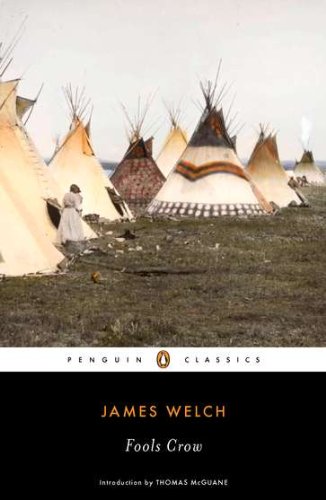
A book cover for Fools Crow (Penguin Classics); James Welch; Literature & Fiction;